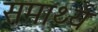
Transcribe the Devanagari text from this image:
समार्थ्य